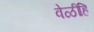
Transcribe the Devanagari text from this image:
वेळींहि